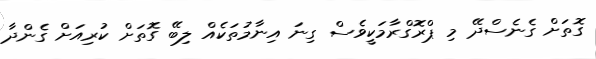
ގޮތަށް ގެނެސްދޭ މި ޕްރޮގްރާމަކީވެސް ގިނަ އިނާމުތަކެއް ލިބޭ ގޮތަށް ކުރިއަށް ގެންދާ